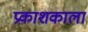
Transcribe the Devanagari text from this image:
प्रकाशकाला